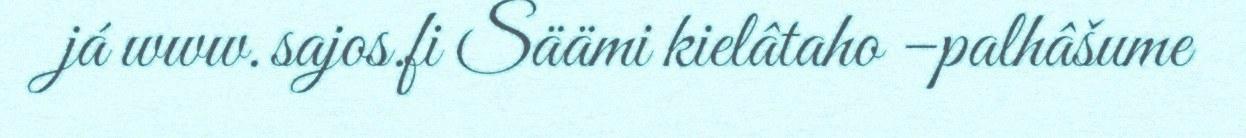
já www.sajos.fi Säämi kielâtaho –palhâšume